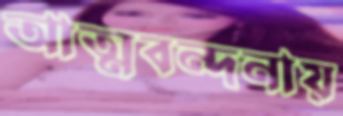
আত্মবন্দনায়